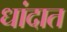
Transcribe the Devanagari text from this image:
धांदात